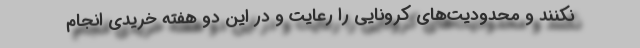
نکنند و محدودیت‌های کرونایی را رعایت و در این دو هفته خریدی انجام